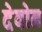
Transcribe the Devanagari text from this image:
देवोन